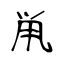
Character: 鼡